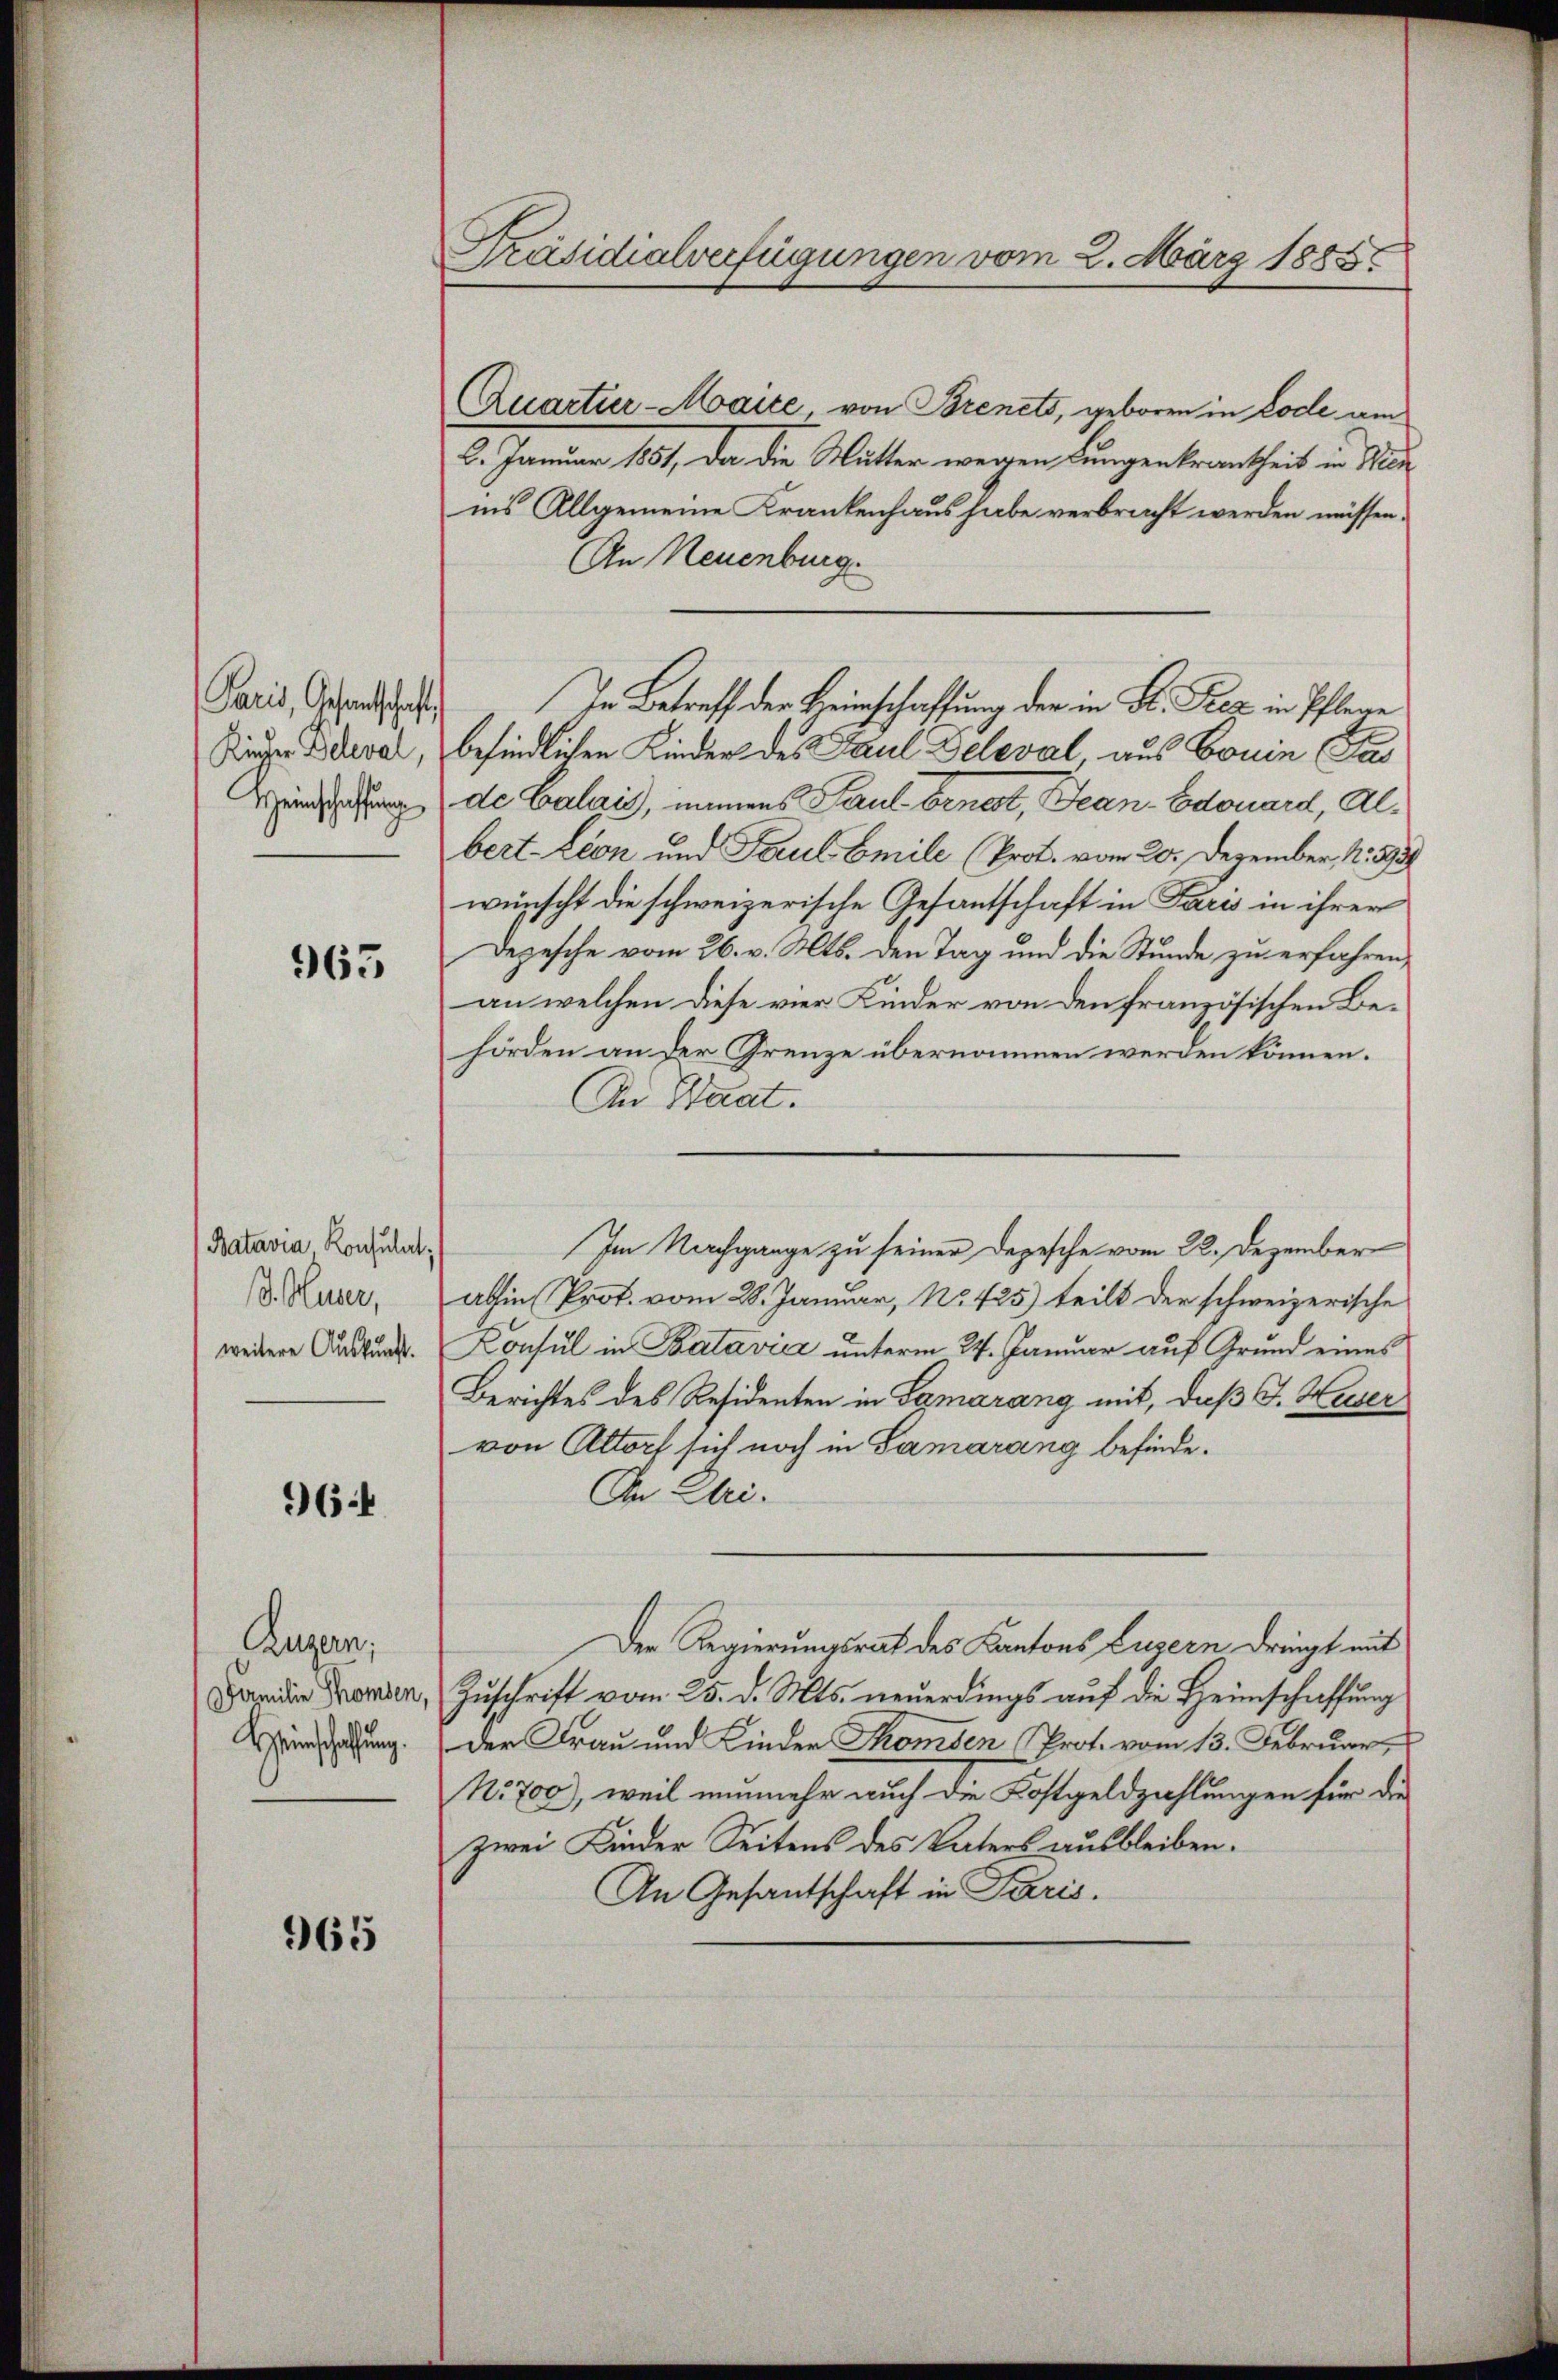
Kircher Deleval,
Heinschaffung

963

Batavia Konsulat,
d. Hauer,
weitere Auskunft.

964

Luzern,
Familie Thomsen,
Heinschaffung.

965

Präsidialverfügungen vom 2. März 1885.

QQuartier-Moaice, von Brenets, geboren in Code am
6. Januar 1801, da die Mutter wegen Lungentrankheit in Na
ins Allgemeine Krankenhaus habe verbracht werden müssen.
An Neuenburg.
Paris, Gehendes In Betreff der Heinschaffung der in B. Peez in Pflege
befindlichen Kinder des Paul Deleval aus Bouin Pas
de Calais, mainens Paul benest, can-Edouard, Albert-Lion und Paul Emile (Prot. vom 20. Dezember N. 393
wünscht die schweizerische Gesantschaft in Paris in ihrer
Depesche vom 26. v. Mts. den Tag und die Stunde zu erfahren,
an welchen diese vier Kinder von den französischen Be-
hörden an der Grenze übernommen werden können.
An Staat.
abhin (Prot. vom 28. Januar, No. 425) teilt der schweizerische
Konsul in Batavia unterm 24. Januar auf Grund eines
Berichtes des Residenten in Samarang mit, daß F. Huser
von Altorf sich noch in Samarang befinde.
An Uri.
Der Regierungsrath des Kantons Luzern dringt mit
Zuschrift vom 25. d. Mts. neuerdings auf die Heimschaffung
der Frau und Kinder Thomsen Prot. vom 13. Februar
No. 700, weil nunmehr auch die Kostgeldzahlungen für die
zwei Kinder Seitens des Vaters ausbleiben.
An Gesantschaft in Paris.

Im Nachgange zu seiner Depesche vom 22. Dezember